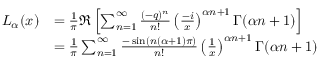
{ \begin{array} { r l } { L _ { \alpha } ( x ) } & { = { \frac { 1 } { \pi } } \Re \left[ \sum _ { n = 1 } ^ { \infty } { \frac { ( - q ) ^ { n } } { n ! } } \left( { \frac { - i } { x } } \right) ^ { \alpha n + 1 } \Gamma ( \alpha n + 1 ) \right] } \\ & { = { \frac { 1 } { \pi } } \sum _ { n = 1 } ^ { \infty } { \frac { - \sin ( n ( \alpha + 1 ) \pi ) } { n ! } } \left( { \frac { 1 } { x } } \right) ^ { \alpha n + 1 } \Gamma ( \alpha n + 1 ) } \end{array} }